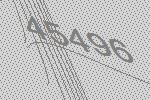
45496